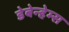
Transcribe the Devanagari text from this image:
डेबेन्हेम्स